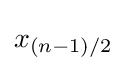
x_{(n-1)/2}